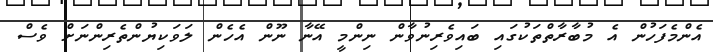
އެންމެފަހުން އެ މުބާރާތްތަކުގައި ބައިވެރިނުވާން ނިންމީ އޭނާ ނޫން އެހެން ލަވަކިޔުންތެރިންނަށް ވެސް